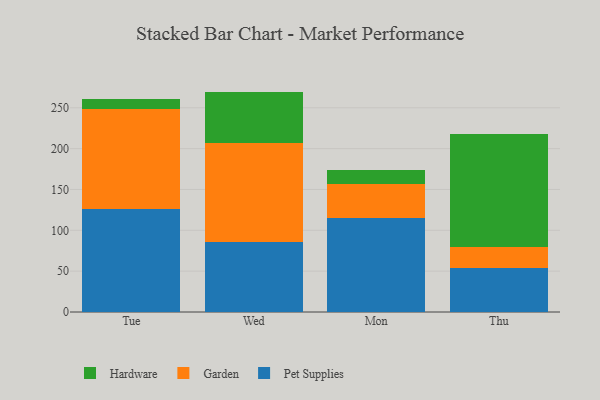
{"axis": {"x": "Day", "y": "Budget (USD K)"}, "legend": ["Garden", "Hardware", "Pet Supplies"], "data": [{"x": "Tue", "y": 125.5, "type": "Pet Supplies"}, {"x": "Tue", "y": 123.6, "type": "Garden"}, {"x": "Tue", "y": 11.7, "type": "Hardware"}, {"x": "Wed", "y": 86.2, "type": "Pet Supplies"}, {"x": "Wed", "y": 120.5, "type": "Garden"}, {"x": "Wed", "y": 63.1, "type": "Hardware"}, {"x": "Mon", "y": 115.0, "type": "Pet Supplies"}, {"x": "Mon", "y": 41.1, "type": "Garden"}, {"x": "Mon", "y": 18.3, "type": "Hardware"}, {"x": "Thu", "y": 53.3, "type": "Pet Supplies"}, {"x": "Thu", "y": 25.9, "type": "Garden"}, {"x": "Thu", "y": 139.1, "type": "Hardware"}]}